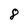
Character: 8